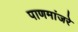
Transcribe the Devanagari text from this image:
पाणमांजरे